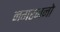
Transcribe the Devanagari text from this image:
नगरजनो